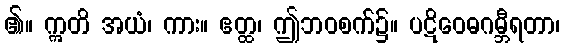
၏။ ဣတိ အယံ၊ ကား။ ဧတ္ထ၊ ဤဘဝစက်၌။ ပဋိဝေဓဂမ္ဘီရတာ၊